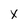
Character: x